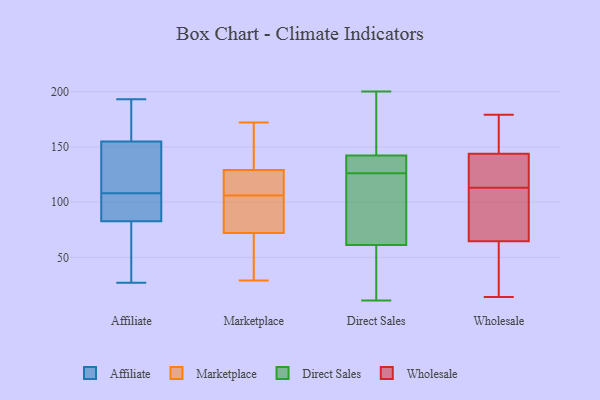
{"axis": {"x": "Temperature (°C)", "y": "Value"}, "legend": ["Affiliate", "Direct Sales", "Marketplace", "Wholesale"], "data": [{"x": "", "y": 92, "type": "Affiliate"}, {"x": "", "y": 123, "type": "Affiliate"}, {"x": "", "y": 108, "type": "Affiliate"}, {"x": "", "y": 148, "type": "Affiliate"}, {"x": "", "y": 58, "type": "Affiliate"}, {"x": "", "y": 60, "type": "Affiliate"}, {"x": "", "y": 91, "type": "Affiliate"}, {"x": "", "y": 27, "type": "Affiliate"}, {"x": "", "y": 193, "type": "Affiliate"}, {"x": "", "y": 91, "type": "Affiliate"}, {"x": "", "y": 146, "type": "Affiliate"}, {"x": "", "y": 80, "type": "Affiliate"}, {"x": "", "y": 170, "type": "Affiliate"}, {"x": "", "y": 157, "type": "Affiliate"}, {"x": "", "y": 189, "type": "Affiliate"}, {"x": "", "y": 172, "type": "Marketplace"}, {"x": "", "y": 72, "type": "Marketplace"}, {"x": "", "y": 124, "type": "Marketplace"}, {"x": "", "y": 70, "type": "Marketplace"}, {"x": "", "y": 29, "type": "Marketplace"}, {"x": "", "y": 129, "type": "Marketplace"}, {"x": "", "y": 105, "type": "Marketplace"}, {"x": "", "y": 136, "type": "Marketplace"}, {"x": "", "y": 103, "type": "Marketplace"}, {"x": "", "y": 107, "type": "Marketplace"}, {"x": "", "y": 55, "type": "Direct Sales"}, {"x": "", "y": 38, "type": "Direct Sales"}, {"x": "", "y": 85, "type": "Direct Sales"}, {"x": "", "y": 126, "type": "Direct Sales"}, {"x": "", "y": 200, "type": "Direct Sales"}, {"x": "", "y": 130, "type": "Direct Sales"}, {"x": "", "y": 80, "type": "Direct Sales"}, {"x": "", "y": 181, "type": "Direct Sales"}, {"x": "", "y": 143, "type": "Direct Sales"}, {"x": "", "y": 172, "type": "Direct Sales"}, {"x": "", "y": 29, "type": "Direct Sales"}, {"x": "", "y": 120, "type": "Direct Sales"}, {"x": "", "y": 126, "type": "Direct Sales"}, {"x": "", "y": 140, "type": "Direct Sales"}, {"x": "", "y": 11, "type": "Direct Sales"}, {"x": "", "y": 171, "type": "Wholesale"}, {"x": "", "y": 80, "type": "Wholesale"}, {"x": "", "y": 118, "type": "Wholesale"}, {"x": "", "y": 99, "type": "Wholesale"}, {"x": "", "y": 125, "type": "Wholesale"}, {"x": "", "y": 179, "type": "Wholesale"}, {"x": "", "y": 164, "type": "Wholesale"}, {"x": "", "y": 137, "type": "Wholesale"}, {"x": "", "y": 81, "type": "Wholesale"}, {"x": "", "y": 152, "type": "Wholesale"}, {"x": "", "y": 113, "type": "Wholesale"}, {"x": "", "y": 54, "type": "Wholesale"}, {"x": "", "y": 22, "type": "Wholesale"}, {"x": "", "y": 68, "type": "Wholesale"}, {"x": "", "y": 141, "type": "Wholesale"}, {"x": "", "y": 43, "type": "Wholesale"}, {"x": "", "y": 14, "type": "Wholesale"}]}